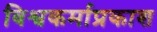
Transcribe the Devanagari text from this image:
विश्वकर्माप्रकाश